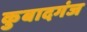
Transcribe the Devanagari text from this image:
कुबादगंज